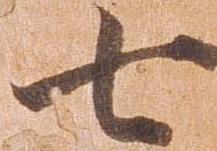
年